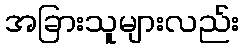
အခြားသူများလည်း